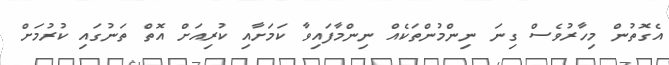
އެގޮތުން މިހާރުވެސް ގިނަ ނިންމުންތަކެއް ނިންމާފައިވާ ކަމަށާއި ކުރިއަށް އޮތް ތަނުގައި ކުރުމަށް